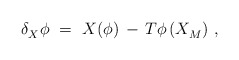
\begin{align*} \delta_X^{} \phi~=~X(\phi) \, - \, T\phi \, (X_M^{})~,\end{align*}